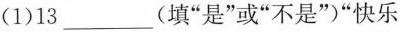
(1)13___(填”是”或”不是”)”快乐